Annual report of the Punjab Veterinary College and of the Civil Veterinary Department, Punjab - 1926-1932
Year: 1926
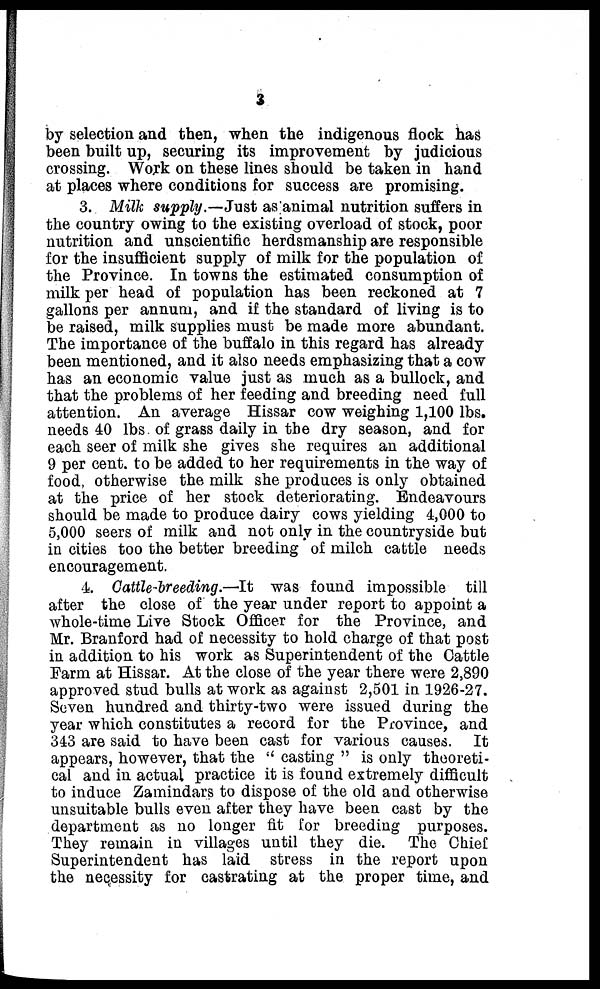
3
by selection and then, when the indigenous flock has
been built up, securing its improvement by judicious
crossing. Work on these lines should be taken in hand
at places where conditions for success are promising.
3. Milk supply .—Just as animal nutrition suffers in
the country owing to the existing overload of stock, poor
nutrition and unscientific herdsmanship are responsible
for the insufficient supply of milk for the population of
the Province. In towns the estimated consumption of
milk per head of population has been reckoned at 7
gallons per annum, and if the standard of living is to
be raised, milk supplies must be made more abundant.
The importance of the buffalo in this regard has already
been mentioned, and it also needs emphasizing that a cow
has an economic value just as much as a bullock, and
that the problems of her feeding and breeding need full
attention. An average Hissar cow weighing 1,100 lbs.
needs 40 lbs. of grass daily in the dry season, and for
each seer of milk she gives she requires an additional
9 per cent. to be added to her requirements in the way of
food, otherwise the milk she produces is only obtained
at the price of her stock deteriorating. Endeavours
should be made to produce dairy cows yielding 4,000 to
5,000 seers of milk and not only in the countryside but
in cities too the better breeding of milch cattle needs
encouragement.
4. Cattle-breeding.—It was found impossible till
after the close of the year under report to appoint a
whole-time Live Stock Officer for the Province, and
Mr. Branford had of necessity to hold charge of that post
in addition to his work as Superintendent of the Cattle
Farm at Hissar. At the close of the year there were 2,890
approved stud bulls at work as against 2,501 in 1926-27.
Seven hundred and thirty-two were issued during the
year which constitutes a record for the Province, and
343 are said to have been cast for various causes. It
appears, however, that the "casting" is only theoreti-
cal and in actual practice it is found extremely difficult
to induce Zamindars to dispose of the old and otherwise
unsuitable bulls even after they have been cast by the
department as no longer fit for breeding purposes.
They remain in villages until they die. The Chief
Superintendent has laid stress in the report upon
the necessity for castrating at the proper time, and